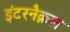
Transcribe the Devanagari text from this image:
इंटरनैक्नल